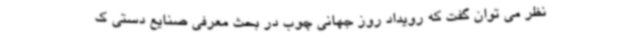
نظر می توان گفت که رویداد روز جهانی چوب در بحث معرفی صنایع دستی ک